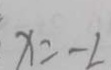
x = - 2